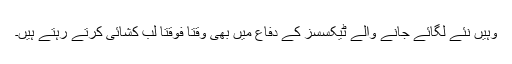
وہیں نئے لگائے جانے والے ٹیکسسز کے دفاع میں بھی وقتا فوقتا لب کشائی کرتے رہتے ہیں۔